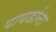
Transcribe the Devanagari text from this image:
पापडांना